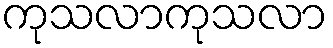
ကုသလာကုသလာ